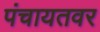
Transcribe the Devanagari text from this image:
पंचायतवर